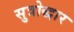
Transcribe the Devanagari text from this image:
सुत्रोद्धार